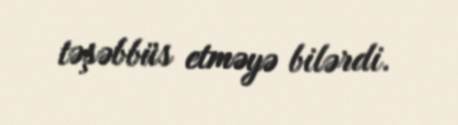
təşəbbüs etməyə bilərdi.